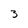
Character: 3